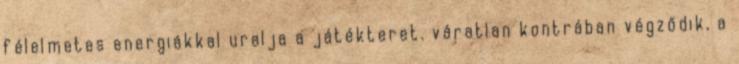
félelmetes energiákkal uralja a játékteret. váratlan kontrában végződik, a